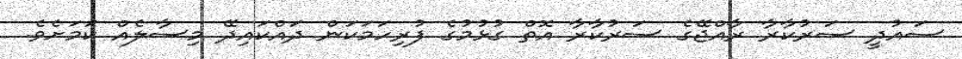
ސައުދީ ސަރުކާރާ ރާއްޖޭގެ ސަރުކާރާ އޮތް ގުޅުމުގެ ފުރިހަމަކަން ދައްކައިދޭ މިސާލެއް ކަމަށެވެ.